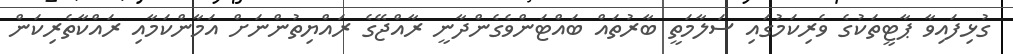
ގުޅިފައިވާ ޕާޓީތަކުގެ ވެރިކަމުގައި ސަލާމަތީ ބާރުތައް ބައްޓަންވެގެންދާނީ ރާއްޖޭގެ ރައްޔިތުންނަށް އަމާންކަމާއި ރައްކާތެރިކަން